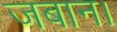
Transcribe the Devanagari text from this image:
जबान।